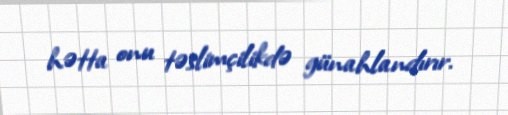
hətta onu təslimçilikdə günahlandırır.